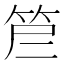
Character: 𰩷